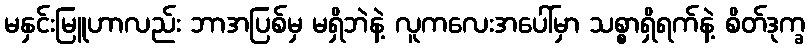
မနှင်းမြူဟာလည်း ဘာအပြစ်မှ မရှိဘဲနဲ့ လူကလေးအပေါ်မှာ သစ္စာရှိရက်နဲ့ စိတ်ဒုက္ခ